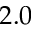
2 . 0